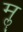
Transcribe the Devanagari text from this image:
मॣ